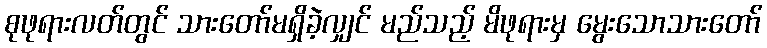
စုဖုရားလတ်တွင် သားတော်မရှိခဲ့လျှင် မည်သည့် မိဖုရားမှ မွေးသောသားတော်